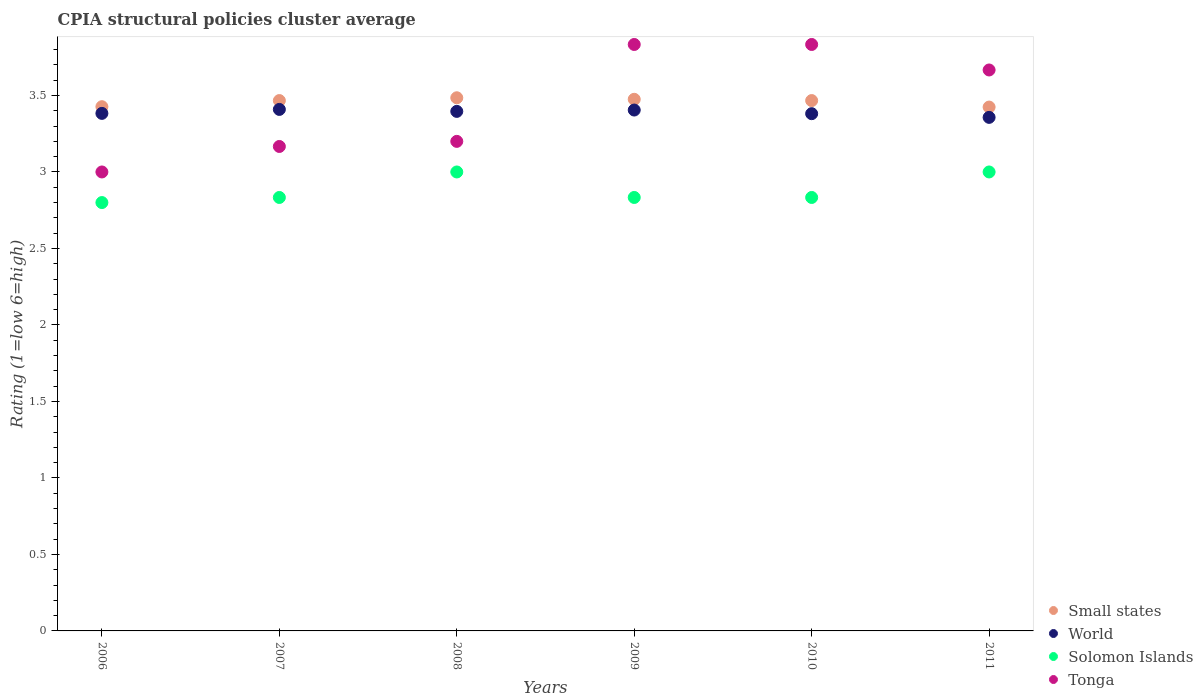
| Years | Small states | World | Solomon Islands | Tonga |
 | --- | --- | --- | --- | --- |
 | 2006 | 3.43 | 3.38 | 2.8 | 3 |
 | 2007 | 3.47 | 3.41 | 2.83 | 3.17 |
 | 2008 | 3.48 | 3.4 | 3 | 3.2 |
 | 2009 | 3.48 | 3.4 | 2.83 | 3.83 |
 | 2010 | 3.47 | 3.38 | 2.83 | 3.83 |
 | 2011 | 3.42 | 3.36 | 3 | 3.67 |